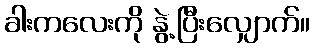
ခါးကလေးကို နွဲ့ပြီးလျှောက်။